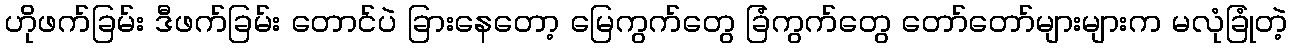
ဟိုဖက်ခြမ်း ဒီဖက်ခြမ်း တောင်ပဲ ခြားနေတော့ မြေကွက်တွေ ခြံကွက်တွေ တော်တော်များများက မလုံခြုံတဲ့